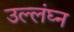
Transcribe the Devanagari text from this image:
उल्लंघ्न